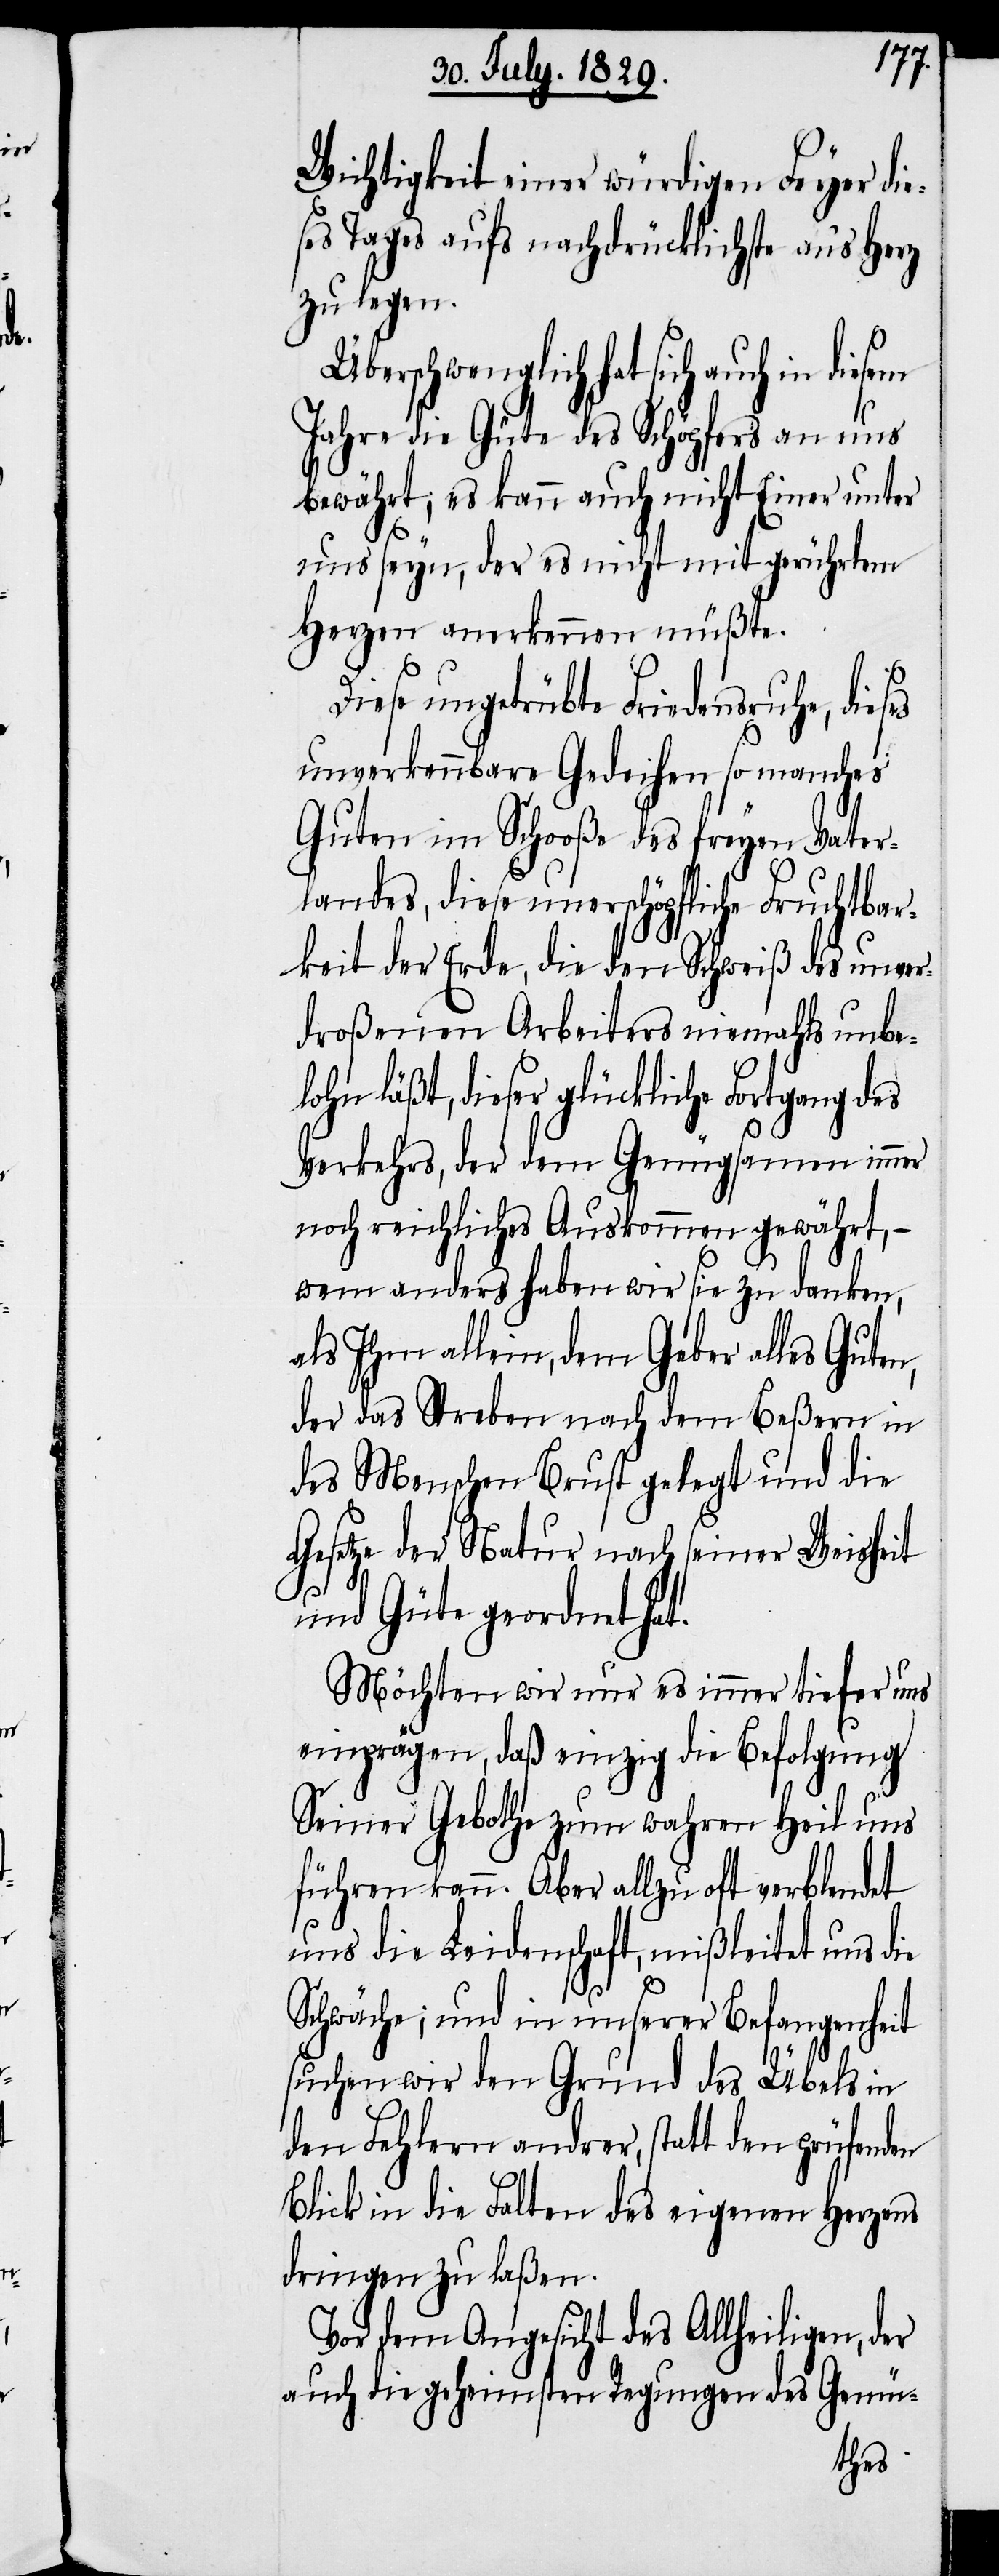
Wichtigkeit einer würdigen Feyer die¬
ses Tages aufs nachdrücklichste an’s Herz
zu legen.
Überschwenglich hat sich auch in diesem
Jahre die Güte des Schöpfers an uns
bewährt, es kann auch nicht Einer unter
uns seyn, der es nicht mit gerührtem
Herzen anerkennen müßte.
Diese ungetrübte Friedensruhe, die¬
unverkennbare Gedeihen so manches
Guten im Schooße des freyen Vater¬
landes, diese unerschöpfliche Fruchtbar¬
keit der Erde, die den Schweiß des unver¬
droßenen Arbeiters niemahls unbe¬
n[t] läßt, dieser glückliche Fortgang des
Verkehrs, der dem Genügsamen immer
noch reichliches Auskommen gewährt, –
wem anders haben wir sie zu danken,
als Ihm allein, dem Geber alles Guten,
der das Streben nach dem Beßern in
des Menschen Brust gelegt und die
Gesetze der Natur nach seiner Weisheit
loh¬
und Güte geordnet hat.
Möchten wir nur es immer tiefer uns
einprägen, daß einzig die Befolgung
Seiner Gebothe zum wahren Heil uns
führen kann. Aber allzu oft verblendet
uns die Leidenschaft, mißleitet uns die
ses
Schwäche; und in unserer Befangenheit
suchen wir den Grund des Übels in
den Fehlern andrer, statt den prüfenden
Blick in die Falten des eigenen Herzens
dringen zu laßen.
Vor dem Angesicht des Allheiligen, der
auch die geheimsten Regungen des Gemü-